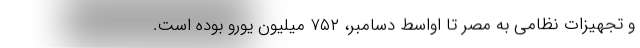
و تجهیزات نظامی به مصر تا اواسط دسامبر، ۷۵۲ میلیون یورو بوده است.